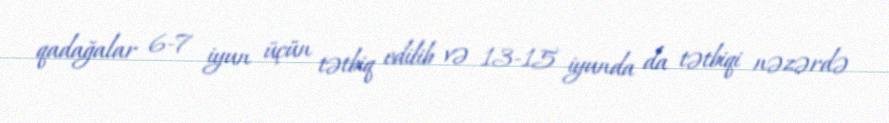
qadağalar 6-7 iyun üçün tətbiq edilib və 13-15 iyunda da tətbiqi nəzərdə